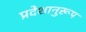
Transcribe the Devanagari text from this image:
प्रदेशानुरूप